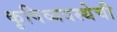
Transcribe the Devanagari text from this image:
कृषिव्यवस्थेची